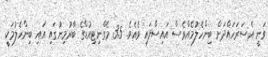
ވަނީ އެސަރަހައްދަށް ބިންހެލުމެއްވެސް އައިސްފައި ވެއެވެ. 3.5 މެގްނިޓިއުޑްގެ ބާރުމިނުގައި އައި ބިންހެލުމަކީ